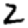
Digit: 2